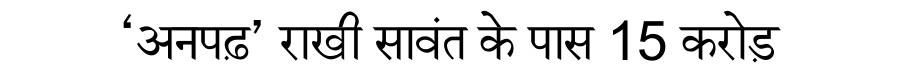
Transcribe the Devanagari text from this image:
‘अनपढ़’ राखी सावंत के पास 15 करोड़